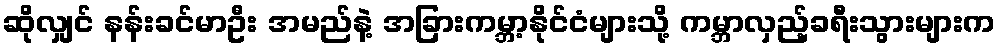
ဆိုလျှင် နန်းခင်မာဦး အမည်နဲ့ အခြားကမ္ဘာ့နိုင်ငံများသို့ ကမ္ဘာလှည့်ခရီးသွားများက